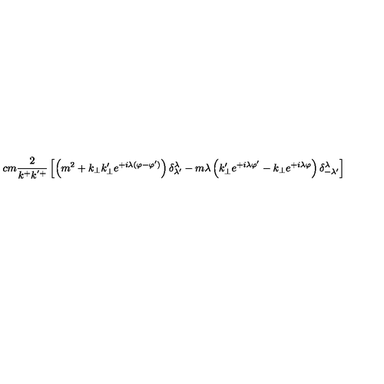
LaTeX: \hspace { - 1 c m } \frac { 2 } { k ^ { + } k ^ { ' + } } \left[ \left( m ^ { 2 } + k _ { \perp } k _ { \perp } ^ { \prime } e ^ { + i \lambda ( \varphi - \varphi ^ { \prime } ) } \right) \delta _ { \lambda ^ { \prime } } ^ { \lambda } - m \lambda \left( k _ { \perp } ^ { \prime } e ^ { + i \lambda \varphi ^ { \prime } } - k _ { \perp } e ^ { + i \lambda \varphi } \right) \delta _ { - \lambda ^ { \prime } } ^ { \lambda } \right]